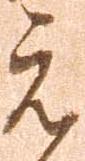
元